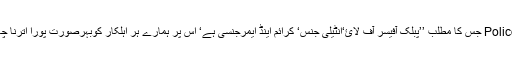
لفظPolice جس کا مطلب ’’پبلک آفیسر آف لائ‘انٹیلی جنس‘ کرائم اینڈ ایمرجنسی ہے‘ اس پر ہمارے ہر اہلکار کوبہرصورت پورا اترنا چاہیے۔